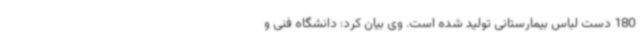
180 دست لباس بیمارستانی تولید شده است. وی بیان کرد: دانشگاه فنی و